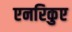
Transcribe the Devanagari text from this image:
एनरिकुए